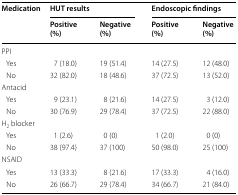
| <ROWSPAN=2> Medication | <COLSPAN=2> HUT results | <COLSPAN=2> Endoscopic findings |
 | Positive (%) | Negative (%) | Positive (%) | Negative (%) |
 | --- | --- | --- | --- | --- |
 | <COLSPAN=5> PPI |
 | Yes | 7 (18.0) | 19 (51.4) | 14 (27.5) | 12 (48.0) |
 | No | 32 (82.0) | 18 (48.6) | 37 (72.5) | 13 (52.0) |
 | <COLSPAN=5> Antacid |
 | Yes | 9 (23.1) | 8 (21.6) | 14 (27.5) | 3 (12.0) |
 | No | 30 (76.9) | 29 (78.4) | 37 (72.5) | 22 (88.0) |
 | <COLSPAN=5> H2 blocker |
 | Yes | 1 (2.6) | 0 (0) | 1 (2.0) | 0 (0) |
 | No | 38 (97.4) | 37 (100) | 50 (98.0) | 25 (100) |
 | <COLSPAN=5> NSAID |
 | Yes | 13 (33.3) | 8 (21.6) | 17 (33.3) | 4 (16.0) |
 | No | 26 (66.7) | 29 (78.4) | 34 (66.7) | 21 (84.0) |